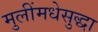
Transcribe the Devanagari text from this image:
मुलींमधेसुद्धा